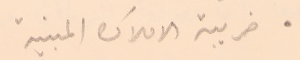
● ضريبة الاملاك المبنية